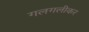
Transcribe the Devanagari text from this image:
गलगलीकर